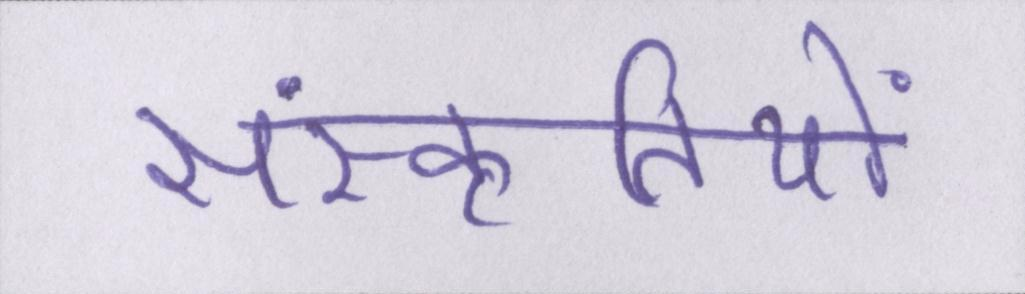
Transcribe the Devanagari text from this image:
संस्कृतियों